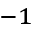
^ { - 1 }